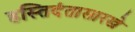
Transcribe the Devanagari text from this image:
हस्तिदंतासारखे